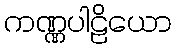
ကဏ္ဏပါဠိယော